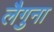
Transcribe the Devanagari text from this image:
लैगुना